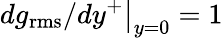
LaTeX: \left.dg_{\mathrm{rms}}/dy^{+}\right|_{y=0}=1